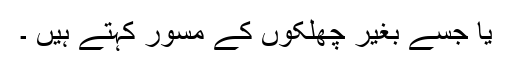
یا جسے بغیر چھلکوں کے مسور کہتے ہیں ۔